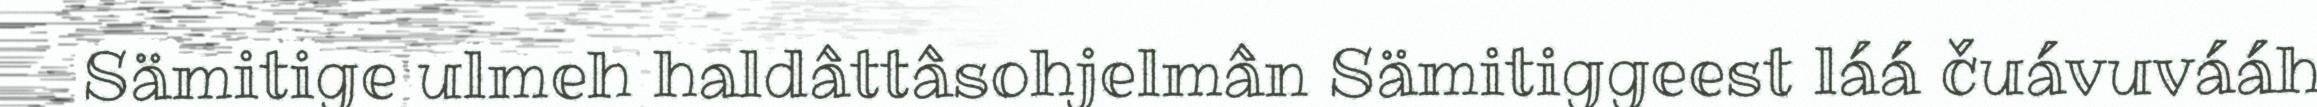
Sämitige ulmeh haldâttâsohjelmân Sämitiggeest láá čuávuvááh